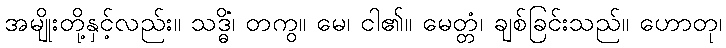
အမျိုးတို့နှင့်လည်း။ သဒ္ဓိံ၊ တကွ။ မေ၊ ငါ၏။ မေတ္တံ၊ ချစ်ခြင်းသည်။ ဟောတု၊